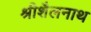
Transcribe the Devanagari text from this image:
श्रीशैलनाथ